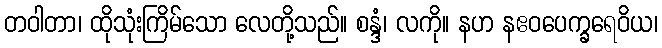
တဝါတာ၊ ထိုသုံးကြိမ်သော လေတို့သည်။ စန္ဒံ၊ လကို။ နဟ နဧဝပေက္ခရေဝိယ၊